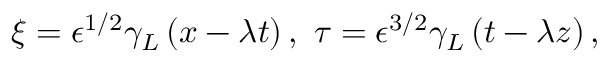
\xi = \epsilon ^ { 1 / 2 } \gamma _ { L } \left( x - \lambda t \right) , ~ \tau = \epsilon ^ { 3 / 2 } \gamma _ { L } \left( t - \lambda z \right) ,